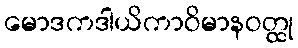
မောဒကဒါယိကာဝိမာနဝတ္ထု